Vana-Vandra_vallavalitsus, lk 17
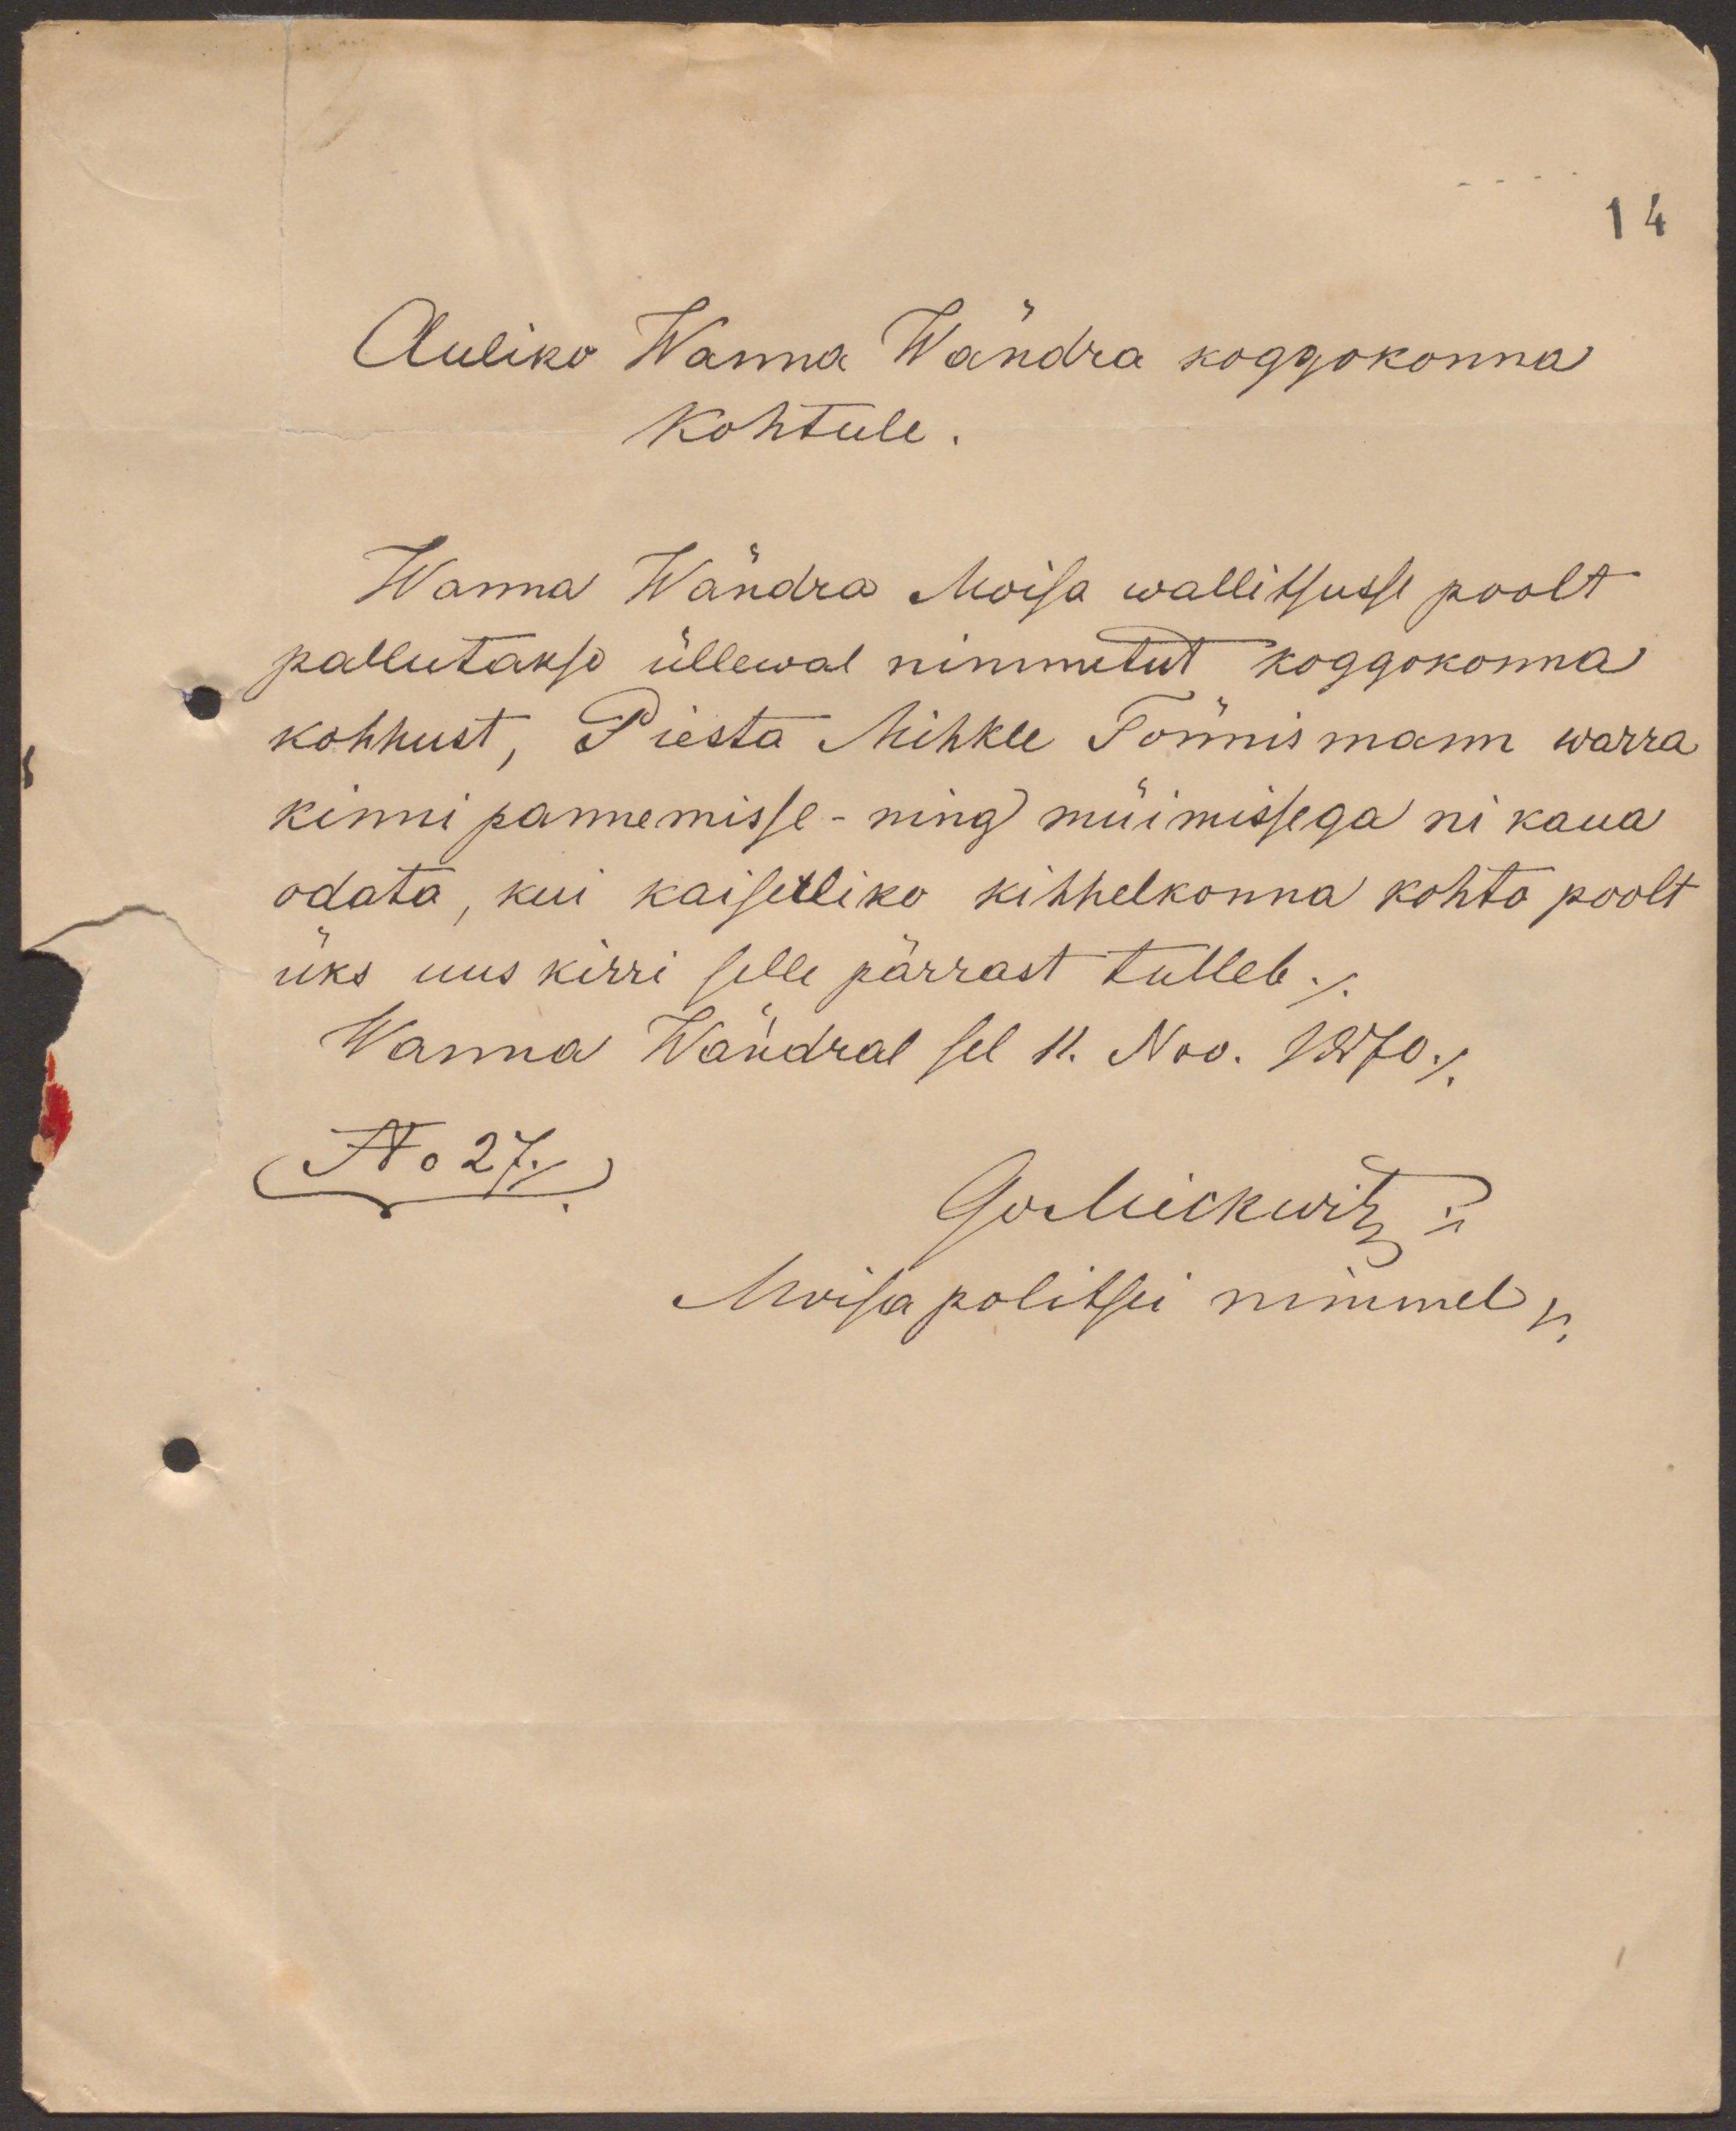
14
Auliko Wanna Wändra koggokonna
kohtule.
Wanna Wändra Moisa wallitsusse poolt
pallutakse üllewal nimmetut koggokonna
kohhust, Piesta Mihkle Tõnnismann warra
kinni pannemisse- ning müimissega ni kaua
odata, kui kaiserliko kihhelkonna kohto poolt
üks uus kirri selle pärrast tulleb.
Wanna Wändral sel 11. Nov. 1870.
No 27.
GvMickwitz
Moisa politsei nimmel